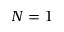
N = 1